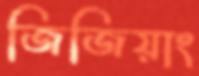
জিজিয়াং